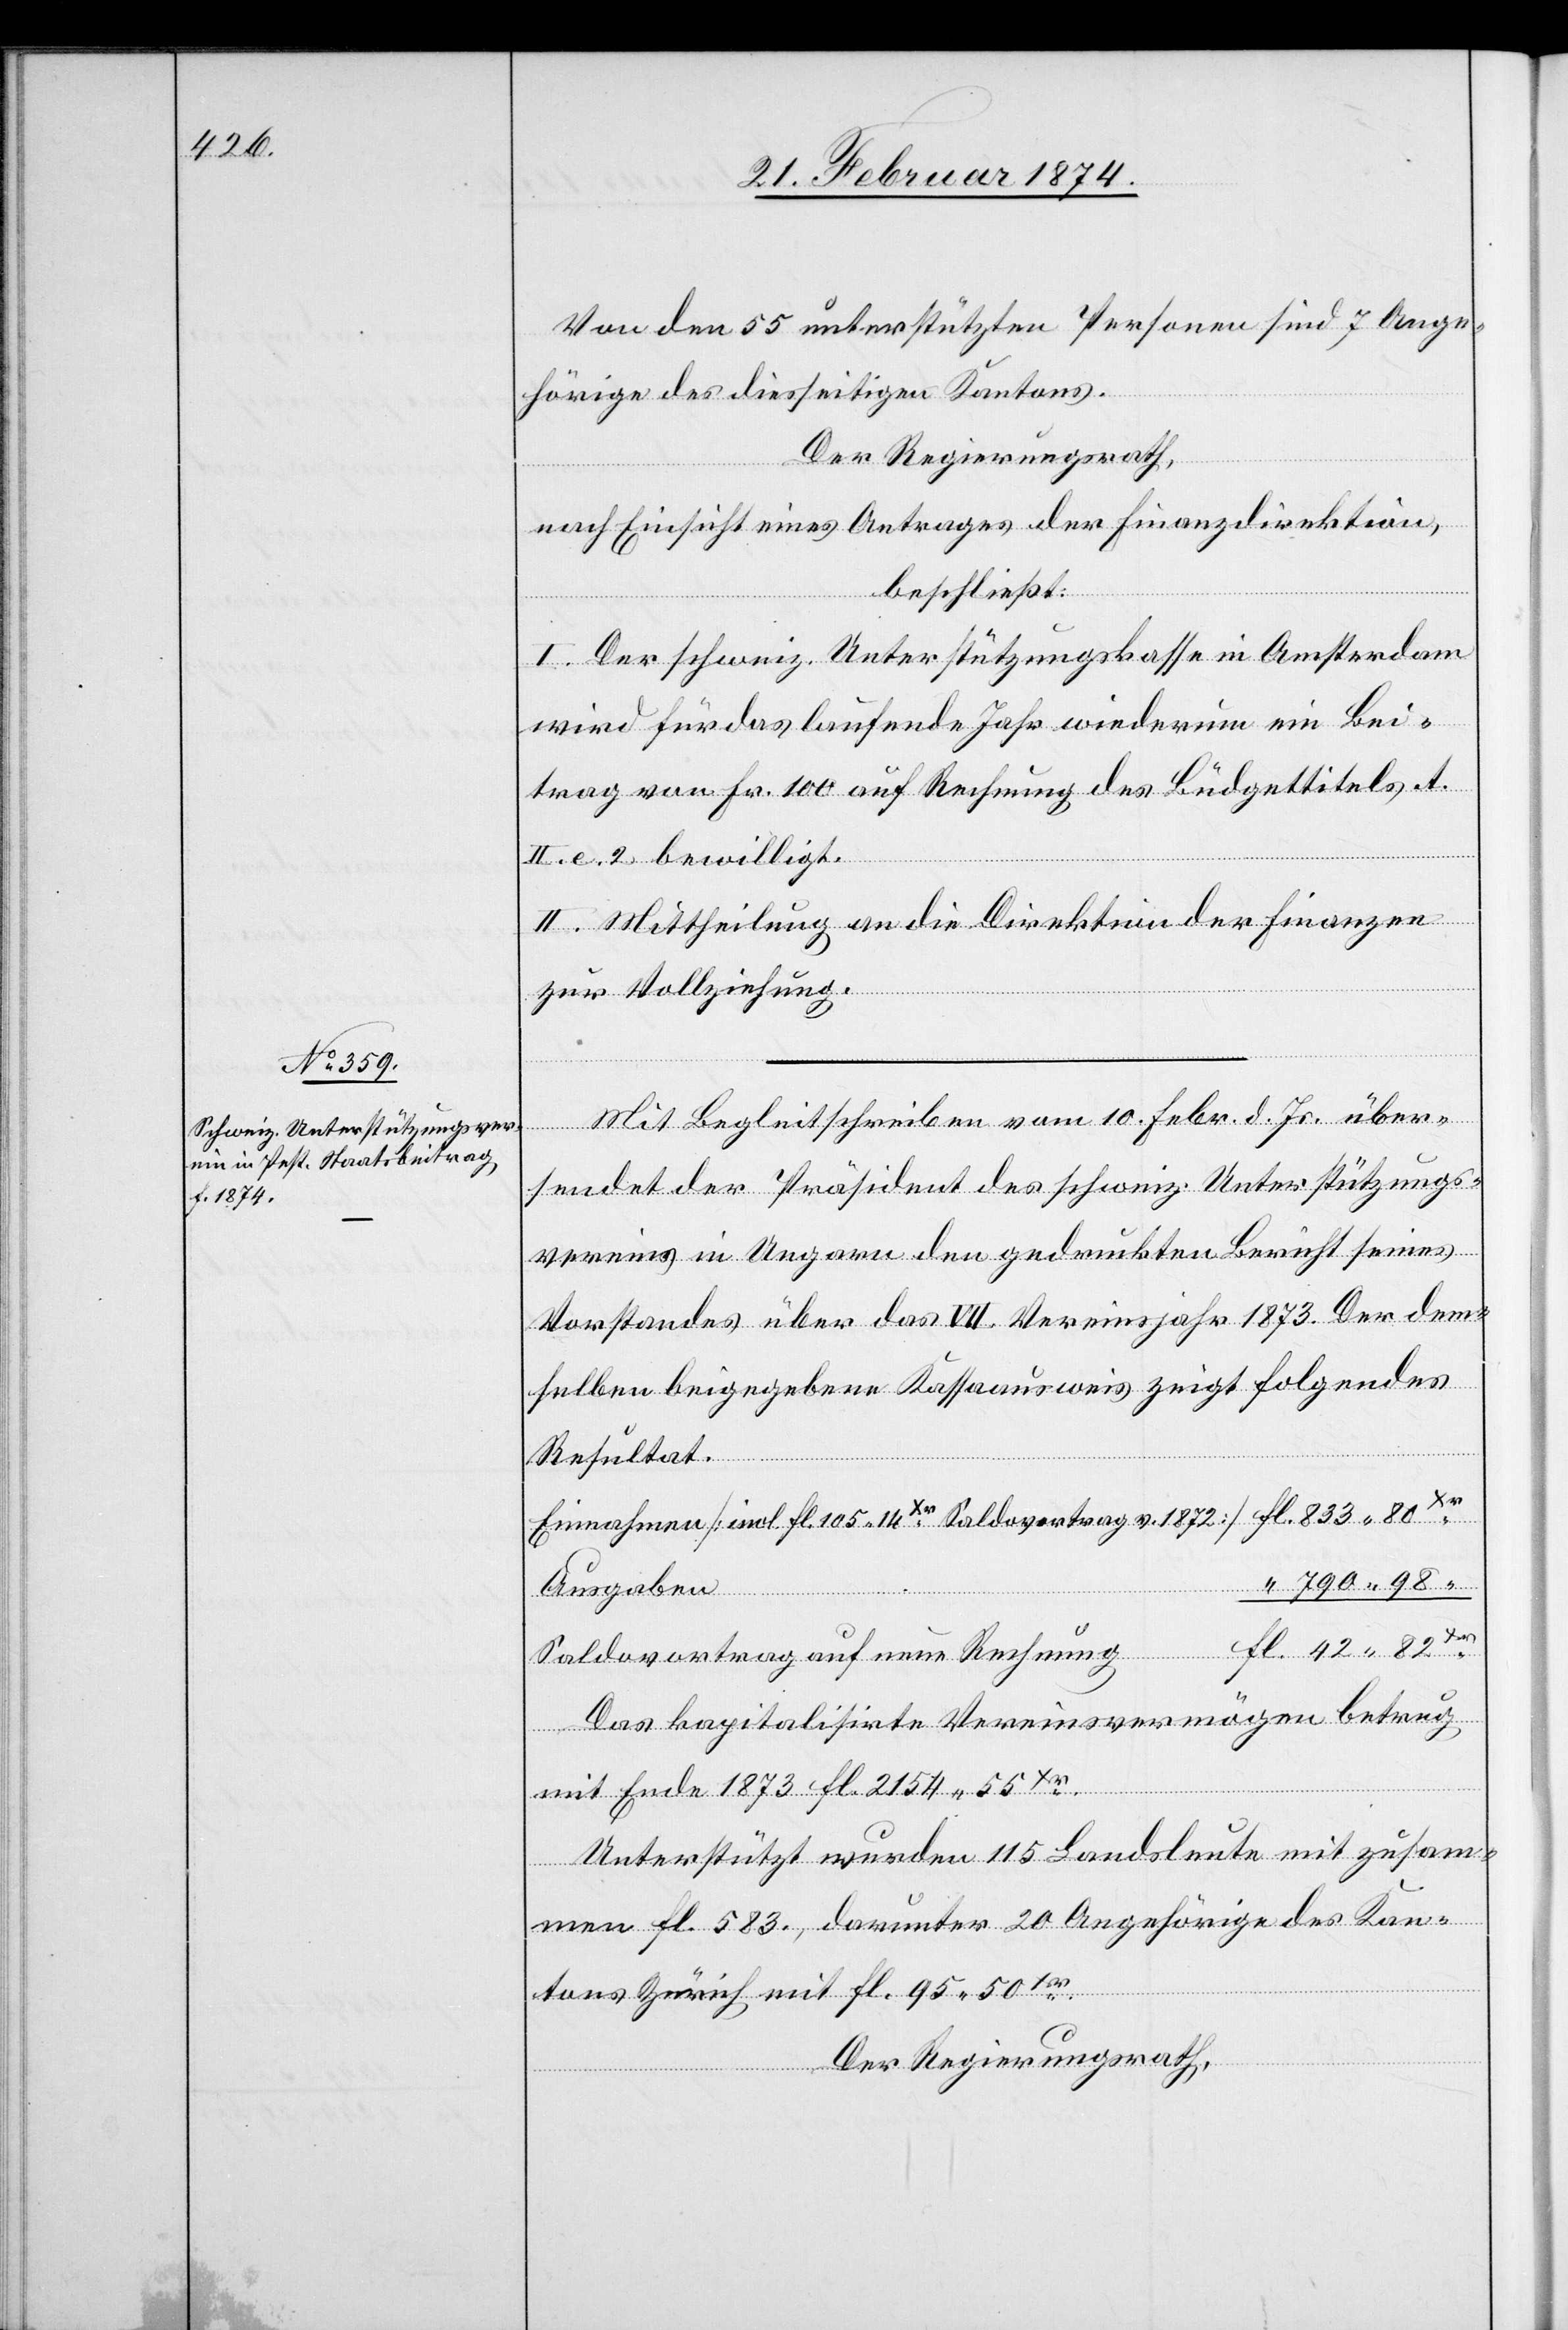
Von den 55 unterstützten Personen sind 7 Ange¬
hörige des diesseitigen Kantons.
Der Regierungsrath,
nach Einsicht eines Antrages der Finanzdirektion,
beschließt:
I. Der schweiz. Unterstützungskasse in Amsterdam
wird für das laufende Jahr wiederum ein Bei¬
trag von Fr. 100 auf Rechnung des Büdgettitels A.
II. e. 2 bewilligt.
II. Mittheilung an die Direktion der Finanzen
zur Vollziehung.
sendet der Präsident des schweiz. Unterstützungs¬
vereins in Ungarn den gedruckten Bericht seines
Vorstandes über das VII Vereinsjahr 1873. Der dem¬
selben beigegebene Kassaausweis zeigt folgendes
d.
Resultat.
vom
Einnahmen [incl. fl. 105.14 Xr. Saldovertrag v. 1872] 		fl. 833.80
“ 790.98 “
über¬
Saldovertrag auf neue Rechnung
Das kapitalisirte Vereinsvermögen betrug
mit Ende 1873 fl. 2154.56 Xr.
Unterstützt wurden 115 Landsleute mit zusam¬
men fl. 583., darunter 20 Angehörige des Kan¬
tons Zürich mit fl. 95.50 Xr.
Der Regierungsrath,